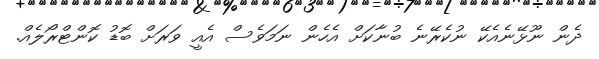
ދެން ނޫޅޭނެއެކޭ ނުކެރޭނެ ބުނާކަށް އެހެން ނަމަވެސް އެއީ ވަރަށް ބޮޑު ކޮންޓްރޯލެއް.